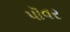
પૉવર